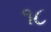
૧૮